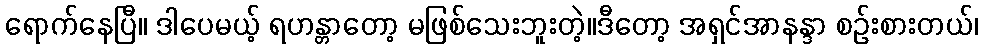
ရောက်နေပြီ။ ဒါပေမယ့် ရဟန္တာတော့ မဖြစ်သေးဘူးတဲ့။ဒီတော့ အရှင်အာနန္ဒာ စဉ်းစားတယ်၊